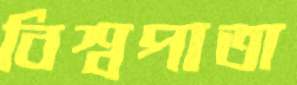
বিশ্বপাতা